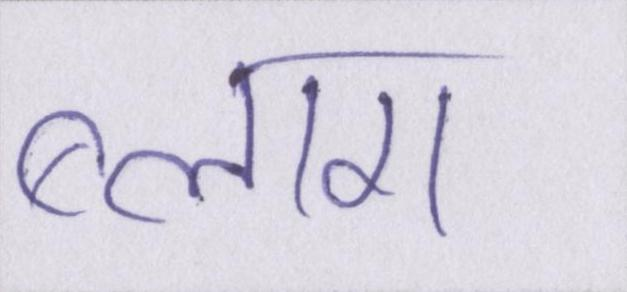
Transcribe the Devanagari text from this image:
ब्लाग